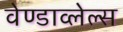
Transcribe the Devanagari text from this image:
वेण्डाव्लेल्स